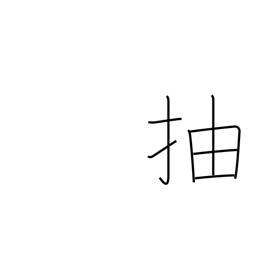
Meaning: excel